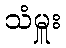
သံမှူး